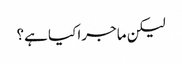
لیکن ماجرا کیا ہے؟